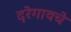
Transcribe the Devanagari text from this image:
दरेगावचे